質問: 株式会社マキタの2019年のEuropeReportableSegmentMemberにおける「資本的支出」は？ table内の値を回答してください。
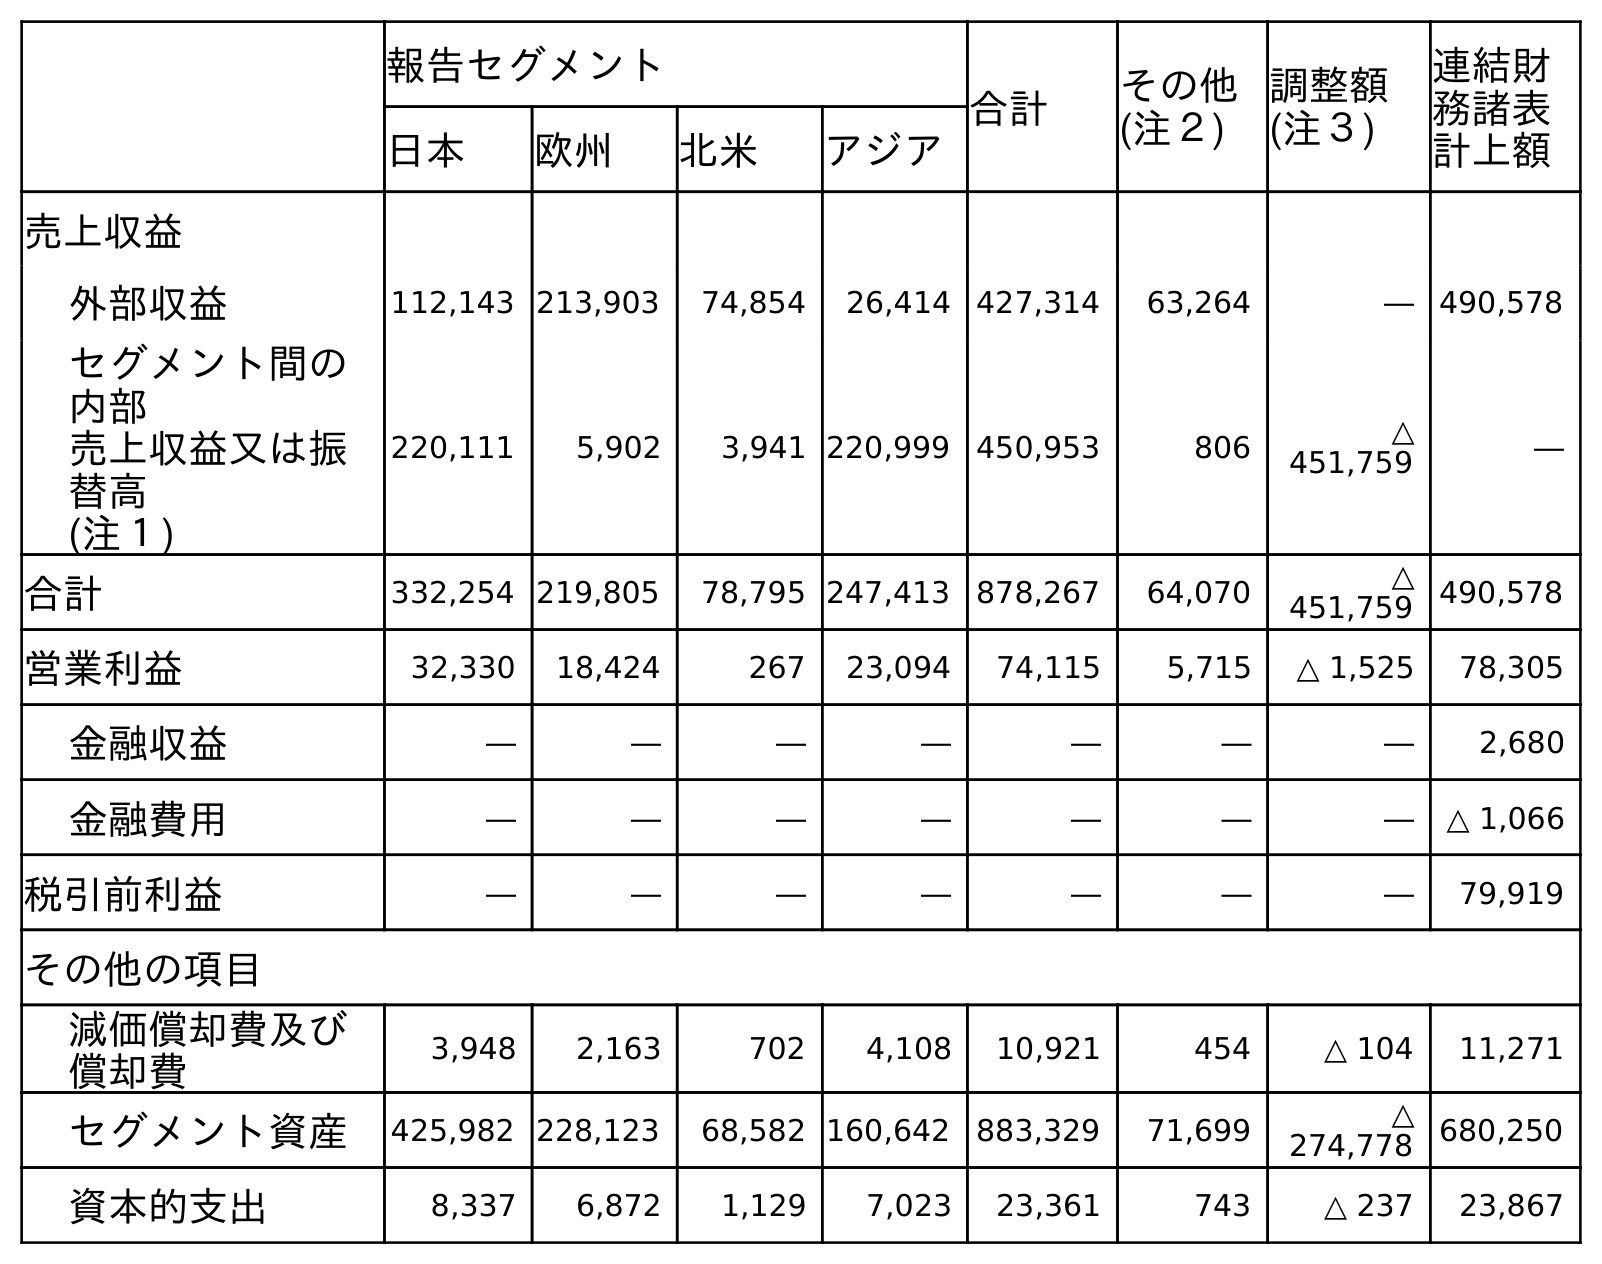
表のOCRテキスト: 報告セグメント 合計 その他 (注２) 調整額 (注３) 連結財 務諸表 計上額 日本 欧州 北米 アジア 売上収益 外部収益 112,143 213,903 74,854 26,414 427,314 63,264 ― 490,578 セグメント間の 内部 売上収益又は振 替高 (注１) 220,111 5,902 3,941 220,999 450,953 806 △ 451,759 ― 合計 332,254 219,805 78,795 247,413 878,267 64,070 △ 451,759 490,578 営業利益 32,330 18,424 267 23,094 74,115 5,715 △ 1,525 78,305 金融収益 ― ― ― ― ― ― ― 2,680 金融費用 ― ― ― ― ― ― ― △ 1,066 税引前利益 ― ― ― ― ― ― ― 79,919 その他の項目 減価償却費及び 償却費 3,948 2,163 702 4,108 10,921 454 △ 104 11,271 セグメント資産 425,982 228,123 68,582 160,642 883,329 71,699 △ 274,778 680,250 資本的支出 8,337 6,872 1,129 7,023 23,361 743 △ 237 23,867
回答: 6,872